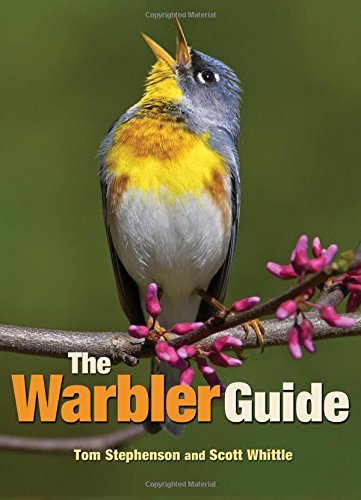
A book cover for The Warbler Guide; Tom Stephenson; Science & Math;